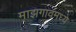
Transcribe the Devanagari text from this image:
माझगावमध्ये